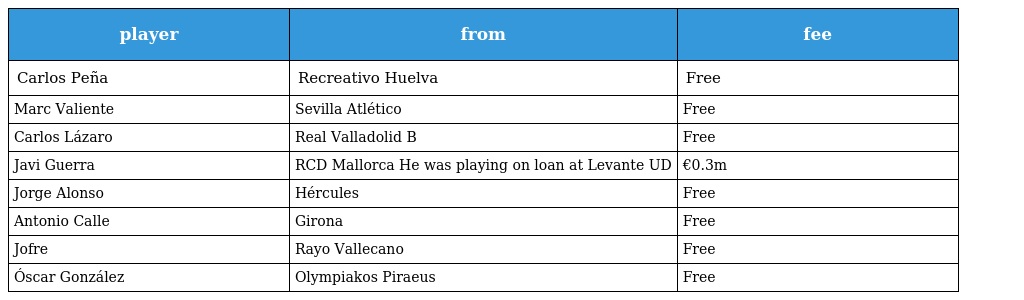
| player | from | fee |
 | --- | --- | --- |
 | Carlos Peña | Recreativo Huelva | Free |
 | Marc Valiente | Sevilla Atlético | Free |
 | Carlos Lázaro | Real Valladolid B | Free |
 | Javi Guerra | RCD Mallorca He was playing on loan at Levante UD | €0.3m |
 | Jorge Alonso | Hércules | Free |
 | Antonio Calle | Girona | Free |
 | Jofre | Rayo Vallecano | Free |
 | Óscar González | Olympiakos Piraeus | Free |